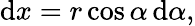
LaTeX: \mathrm{d}x=r\cos\alpha\, \mathrm{d}\alpha,